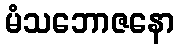
မံသဘောဇနော